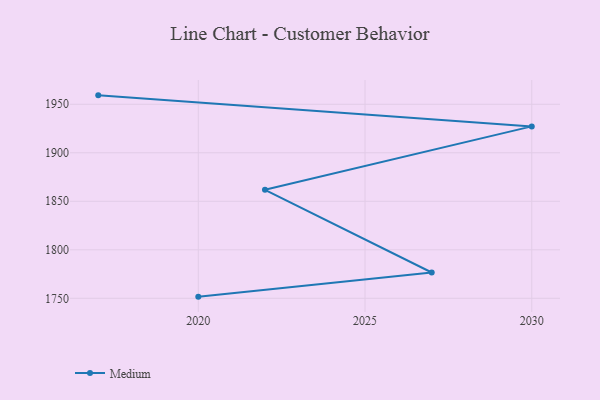
{"axis": {"x": "Year", "y": "Churn Rate (%)"}, "legend": ["Medium"], "data": [{"x": "2017", "y": 1959.2, "type": "Medium"}, {"x": "2030", "y": 1927.2, "type": "Medium"}, {"x": "2022", "y": 1861.8, "type": "Medium"}, {"x": "2027", "y": 1776.6, "type": "Medium"}, {"x": "2020", "y": 1751.7, "type": "Medium"}]}